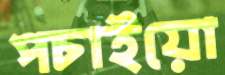
পচাইয়ো